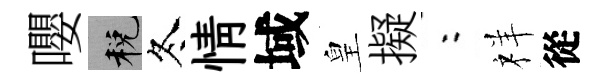
嚶税冬情域皇擬欸祥從